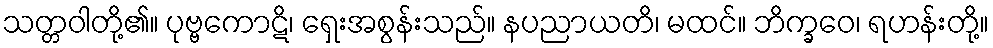
သတ္တဝါတို့၏။ ပုဗ္ဗကောဋိ၊ ရှေးအစွန်းသည်။ နပညာယတိ၊ မထင်။ ဘိက္ခဝေ၊ ရဟန်းတို့။